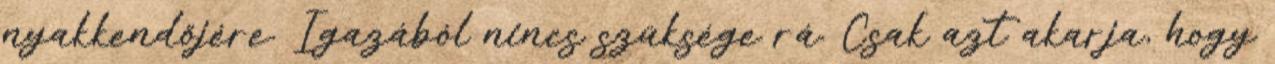
nyakkendőjére. Igazából nincs szüksége rá. Csak azt akarja, hogy